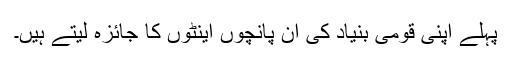
پہلے اپنی قومی بنیاد کی ان پانچوں اینٹوں کا جائزہ لیتے ہیں۔